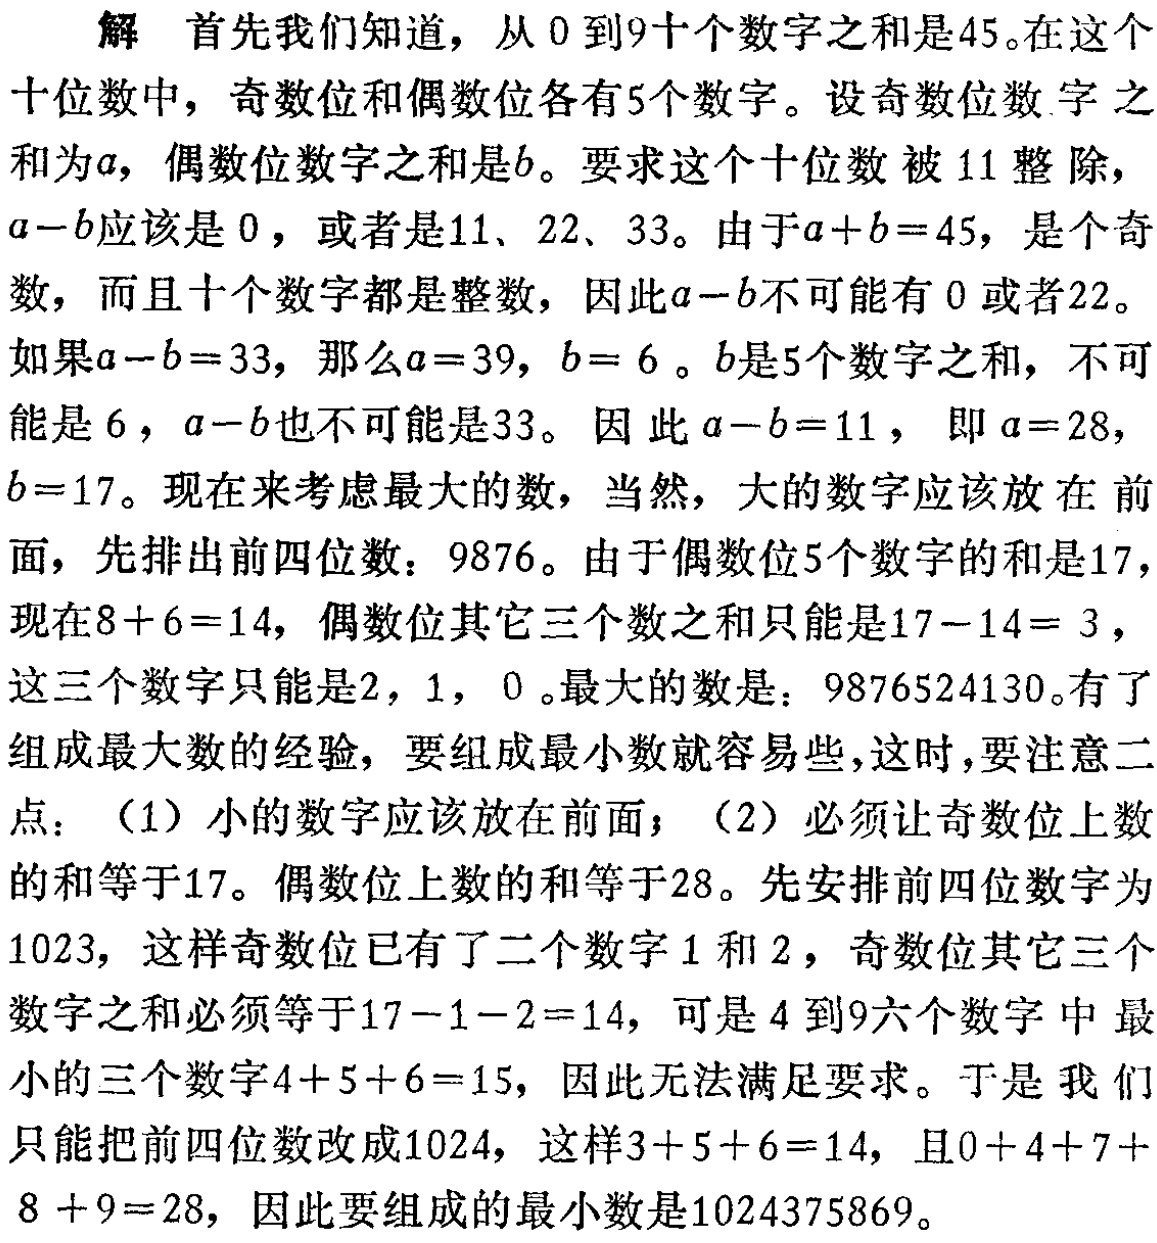
解 首先我们知道，从\(0\)到\(9\)十个数字之和是\(45\)。在这个十位数中，奇数位和偶数位各有\(5\)个数字。设奇数位数字之和为\(a\)，偶数位数字之和是\(b\)。要求这个十位数被\(11\)整除，\(a - b\)应该是\(0\)，或者是\(11\)、\(22\)、\(33\)。由于\(a + b = 45\)，是个奇数，而且十个数字都是整数，因此\(a - b\)不可能有\(0\)或者\(22\)。如果\(a - b = 33\)，那么\(a = 39\)，\(b = 6\)。\(b\)是\(5\)个数字之和，不可能是\(6\)，\(a - b\)也不可能是\(33\)。因此\(a - b = 11\)，即\(a = 28\)，\(b = 17\)。现在来考虑最大的数，当然，大的数字应该放在前面，先排出前四位数：\(9876\)。由于偶数位\(5\)个数字的和是\(17\)，现在\(8 + 6 = 14\)，偶数位其它三个数之和只能是\(17 - 14 = 3\)，这三个数字只能是\(2\)，\(1\)，\(0\)。最大的数是：\(9876524130\)。有了组成最大数的经验，要组成最小数就容易些，这时，要注意二点：（1）小的数字应该放在前面；（2）必须让奇数位上数的和等于\(17\)。偶数位上数的和等于\(28\)。先安排前四位数字为\(1023\)，这样奇数位已有了二个数字\(1\)和\(2\)，奇数位其它三个数字之和必须等于\(17 - 1 - 2 = 14\)，可是\(4\)到\(9\)六个数字中最小的三个数字\(4 + 5 + 6 = 15\)，因此无法满足要求。于是我们只能把前四位数改成\(1024\)，这样\(3 + 5 + 6 = 14\)，且\(0 + 4 + 7 + 8 + 9 = 28\)，因此要组成的最小数是\(1024375869\)。